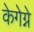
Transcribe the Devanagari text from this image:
केगेग्ने